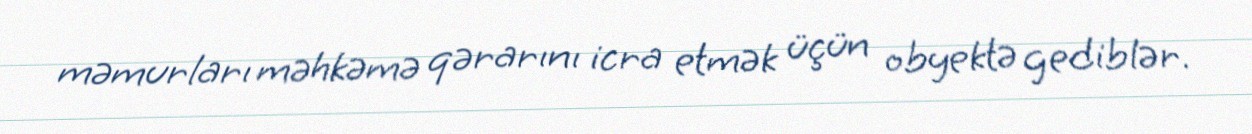
məmurları məhkəmə qərarını icra etmək üçün obyektə gediblər.